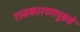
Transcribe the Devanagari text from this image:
राजकारणापुढचे